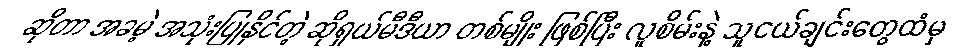
ဆိုတာ အခမဲ့ အသုံးပြုနိုင်တဲ့ ဆိုရှယ်မီဒီယာ တစ်မျိုး ဖြစ်ပြီး လူစိမ်းနဲ့ သူငယ်ချင်းတွေထံမှ